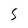
Character: S